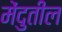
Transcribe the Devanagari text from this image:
मेंदुतील